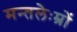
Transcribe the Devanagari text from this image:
मन्तलेःम्रों